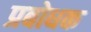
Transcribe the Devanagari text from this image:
प्रबोधक